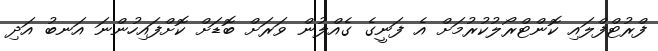
ފްރުޓްފްލައި ކޮންޓްރޯލުކުރުމަށް އެ ފަނީގެ ގެއްލުން ވަރަށް ބޮޑަށް ކޮށްފައިހުންނަ އަނބު އަދި